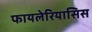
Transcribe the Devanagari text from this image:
फायलेरियासिस